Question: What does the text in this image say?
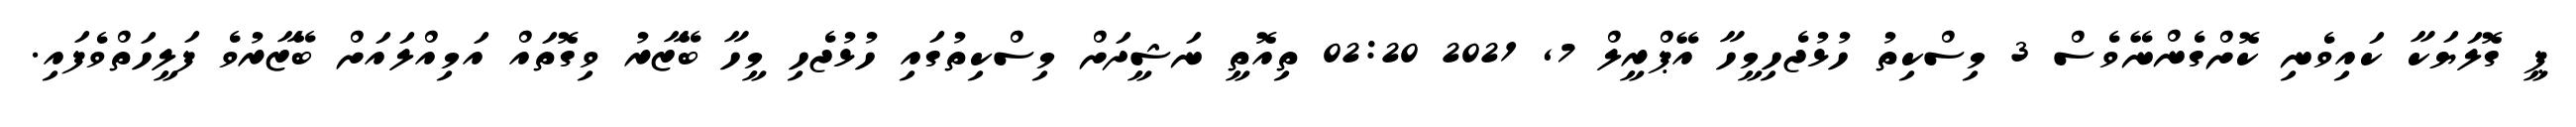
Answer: ޕީ ގޮލަޔަކާ ކައިވެނި ކޮށްގެންނޭވެސް 3 މިސްކިތު ހުޅުޖެހިމީހާ އޭޕްރީލް 7, 2021 02:20 ތިއޮތީ ނަޝީދަށް މިސްކިތުގައި ހުޅުޖެހި މީހާ ބޭޒާރު ވިގޮތައް އަމިއްލައަށް ބޭޒާރުވެ ފަލީހަތްވެފައި.